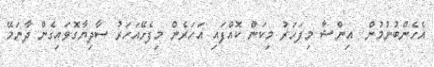
އެހެންބުނުމުން  އިންޝާ މިފަހަރު މިކަން ކޮއްފައި އަހަރެން މިފެށޭއަހަރު ސާދިޔާގޮވައިގެން ދާނަމޭ